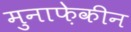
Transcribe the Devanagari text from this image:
मुनाफ़ेकीन